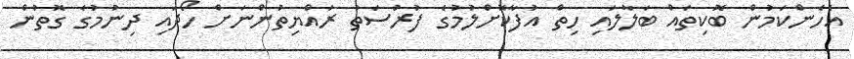
އެހެންކަމުން ބޮކިތައް ބަލާލައި ހިތް އުފާކޮށްލުމުގެ ފުރުސަތު ރައްޔިތުންނަށް ހޯދައި ދިނުމުގެ ގޮތުން